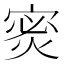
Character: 𫳡